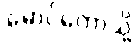
မောင်တောသို့